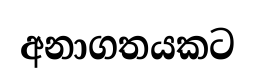
අනාගතයකට